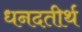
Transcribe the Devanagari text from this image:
धनदतीर्थ